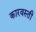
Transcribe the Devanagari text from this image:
कारवस्ती